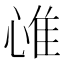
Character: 𢜐